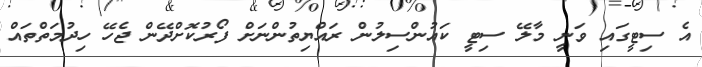
އެ ސިޓީގައި ވަނީ މާލޭ ސިޓީ ކައުންސިލުން ރައްޔިތުންނަށް ފޯރުކޮށްދޭން ޖެހޭ ހިދުމަތްތައް